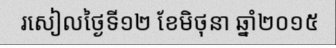
រសៀលថ្ងៃទី១២ ខែមិថុនា ឆ្នាំ២០១៥